Indian journal of veterinary science and animal husbandry - Volume 4,
Year: 1934
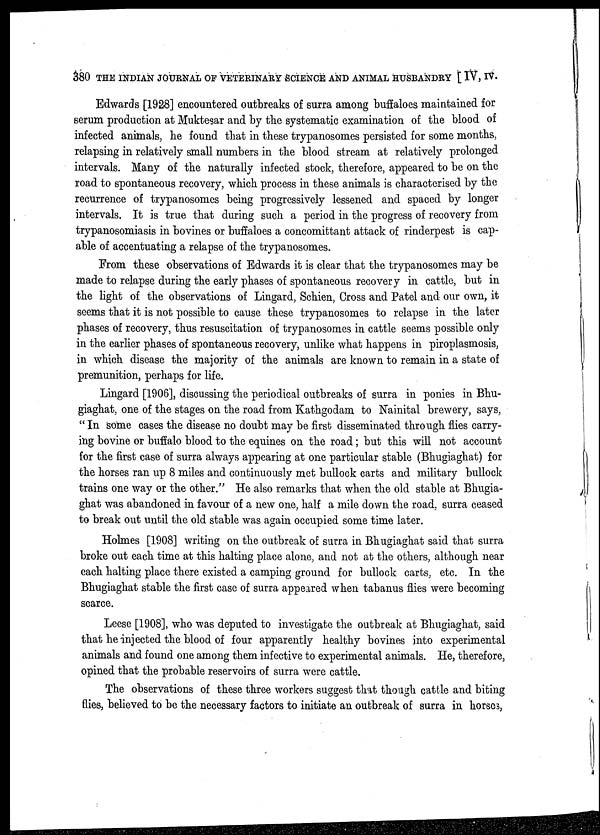
380 THE INDIAN JOURNAL OF VETERINARY SCIENCE AND ANIMAL HUSBANDRY [ IV, IV.
Edwards [1928] encountered outbreaks of surra among buffaloes maintained for
serum production at Muktesar and by the systematic examination of the blood of
infected animals, he found that in these trypanosomes persisted for some months,
relapsing in relatively small numbers in the blood stream at relatively prolonged
intervals. Many of the naturally infected stock, therefore, appeared to be on the
road to spontaneous recovery, which process in these animals is characterised by the
recurrence of trypanosomes being progressively lessened and spaced by longer
intervals. It is true that during such a period in the progress of recovery from
trypanosomiasis in bovines or buffaloes a concomittant attack of rinderpest is cap-
able of accentuating a relapse of the trypanosomes.
From these observations of Edwards it is clear that the trypanosomes may be
made to relapse during the early phases of spontaneous recovery in cattle, but in
the light of the observations of Lingard, Schien, Cross and Patel and our own, it
seems that it is not possible to cause these trypanosomes to relapse in the later
phases of recovery, thus resuscitation of trypanosomes in cattle seems possible only
in the earlier phases of spontaneous recovery, unlike what happens in piroplasmosis,
in which disease the majority of the animals are known to remain in a state of
premunition, perhaps for life.
Lingard [1906], discussing the periodical outbreaks of surra in ponies in Bhu-
giaghat, one of the stages on the road from Kathgodam to Nainital brewery, says,
" In some cases the disease no doubt may be first disseminated through flies carry-
ing bovine or buffalo blood to the equines on the road; but this will not account
for the first case of surra always appearing at one particular stable (Bhugiaghat) for
the horses ran up 8 miles and continuously met bullock carts and military bullock
trains one way or the other." He also remarks that when the old stable at Bhugia-
ghat was abandoned in favour of a new one, half a mile down the road, surra ceased
to break out until the old stable was again occupied some time later.
Holmes [1908] writing on the outbreak of surra in Bhugiaghat said that surra
broke out each time at this halting place alone, and not at the others, although near
each halting place there existed a camping ground for bullock carts, etc. In the
Bhugiaghat stable the first case of surra appeared when tabanus flies were becoming
scarce.
Leese [1908], who was deputed to investigate the outbreak at Bhugiaghat, said
that he injected the blood of four apparently healthy bovines into experimental
animals and found one among them infective to experimental animals. He, therefore,
opined that the probable reservoirs of surra were cattle.
The observations of these three workers suggest that though cattle and biting
flies, believed to be the necessary factors to initiate an outbreak of surra in horses,